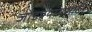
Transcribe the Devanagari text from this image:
जोडण्यायसाठी